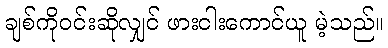
ချစ်ကိုဝင်းဆိုလျှင် ဖားငါးကောင်ယူ မဲ့သည်။